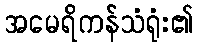
အမေရိကန်သံရုံး၏